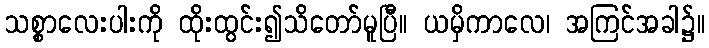
သစ္စာလေးပါးကို ထိုးထွင်း၍သိတော်မူပြီ။ ယမှိကာလေ၊ အကြင်အခါ၌။